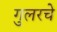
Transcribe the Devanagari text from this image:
गुलरचे